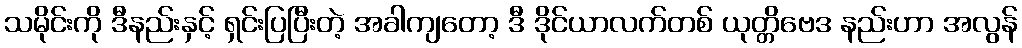
သမိုင်းကို ဒီနည်းနှင့် ရှင်းပြပြီးတဲ့ အခါကျတော့ ဒီ ဒိုင်ယာလက်တစ် ယုတ္တိဗေဒ နည်းဟာ အလွန်